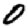
Digit: 0